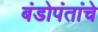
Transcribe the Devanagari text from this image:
बंडोपंतांचे